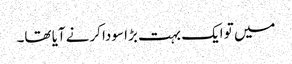
میں تو ایک بہت بڑا سودا کرنے آیا تھا۔